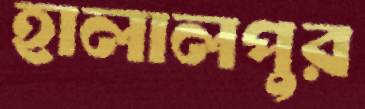
হালালপুর